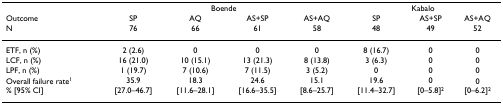
<table><thead><tr><td></td><td colspan="4"><b>Boende</b></td><td colspan="3"><b>Kabalo</b></td></tr><tr><td><b>OutcomeN</b></td><td><b>SP76</b></td><td><b>AQ66</b></td><td><b>AS+SP61</b></td><td><b>AS+AQ58</b></td><td><b>SP48</b></td><td><b>AS+SP49</b></td><td><b>AS+AQ52</b></td></tr></thead><tbody><tr><td>ETF, n (%)</td><td>2 (2.6)</td><td>0</td><td>0</td><td>0</td><td>8 (16.7)</td><td>0</td><td>0</td></tr><tr><td>LCF, n (%)</td><td>16 (21.0)</td><td>10 (15.1)</td><td>13 (21.3)</td><td>8 (13.8)</td><td>3 (6.3)</td><td>0</td><td>0</td></tr><tr><td>LPF, n (%)</td><td>1 (19.7)</td><td>7 (10.6)</td><td>7 (11.5)</td><td>3 (5.2)</td><td>0</td><td>0</td><td>0</td></tr><tr><td>Overall failure rate<sup>1</sup>% [95% CI]</td><td>35.9[27.0–46.7]</td><td>18.3[11.6–28.1]</td><td>24.6[16.6–35.5]</td><td>15.1[8.6–25.7]</td><td>19.6[11.4–32.7]</td><td>0[0–5.8]<sup>2</sup></td><td>0[0–6.2]<sup>2</sup></td></tr></tbody></table>